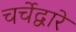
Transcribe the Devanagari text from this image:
चर्चेद्वारे